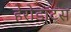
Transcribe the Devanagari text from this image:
हेरोडॉटस